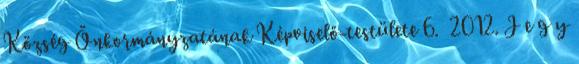
Község Önkormányzatának Képviselő-testülete 6. 2012. J e g y